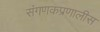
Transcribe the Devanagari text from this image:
संगणकप्रणालीस